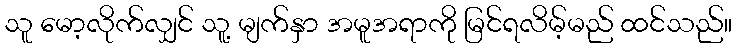
သူ မော့လိုက်လျှင် သူ့ မျက်နှာ အမူအရာကို မြင်ရလိမ့်မည် ထင်သည်။